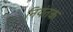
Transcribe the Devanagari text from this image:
नियंतक